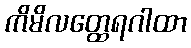
ကိမိလတ္ထေရဂါထာ